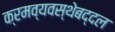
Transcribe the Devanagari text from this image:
क्रमव्यवस्थेबद्दल